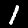
Digit: 1